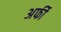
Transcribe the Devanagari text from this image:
अर्फी